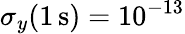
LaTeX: \sigma_{y}(1\, \mathrm{s})=10^{-13}